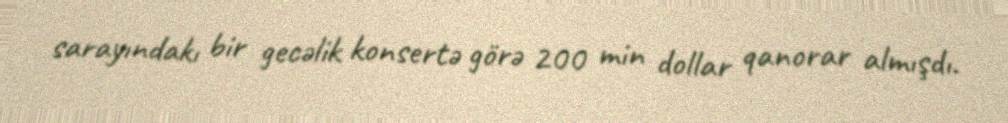
sarayındakı bir gecəlik konsertə görə 200 min dollar qanorar almışdı.